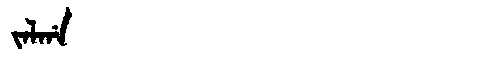
Manchu: ᠵᠠᠯᡤᠠ
Romanization: JALGA